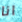
انا